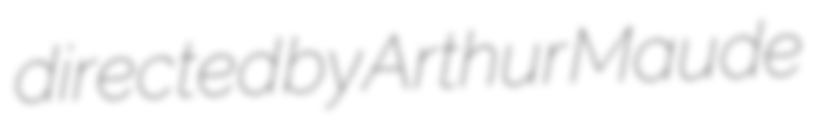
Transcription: directed by Arthur Maude